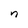
Character: n